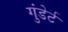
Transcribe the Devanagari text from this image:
गुंडेर्ट